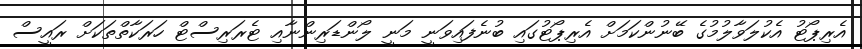
އެރިޕޯޓު އެކުލަވާލުމުގެ ބޭނުންކަމަށް އެރިޕޯޓުގައި ބުނެފައިވަނީ މަނީ ލޯންޑަރިންނާއި ޓެރަރިސްޓް ހަރަކާތްތަކަށް ރައީސް